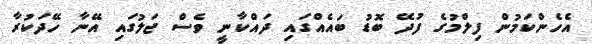
އެހެންކަމުން ފިލްމުގެ ފުދޭ ބޮޑު ބައެއްގައި ދައްކާނީ ވެސް ޖަލުގައި އޭނާ ހޭދަކުރާ